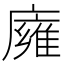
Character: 𢋊